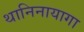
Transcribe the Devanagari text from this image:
थानिनायागा